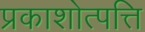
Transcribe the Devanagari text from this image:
प्रकाशोत्पत्ति